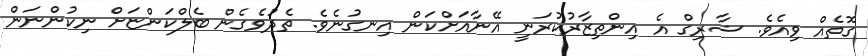
ގޮތެއް ވިއެވެ. ޝާރިގް އެ އިންތިޒާރުކުރަނީ އޭނާއަށްކަން އިނގުނެވެ. ތެދުވެގެން ބެލްކަންޏަށް ނިކުންނަން